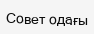
Совет одағы